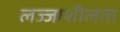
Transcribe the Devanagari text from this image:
लज्जाशीलता